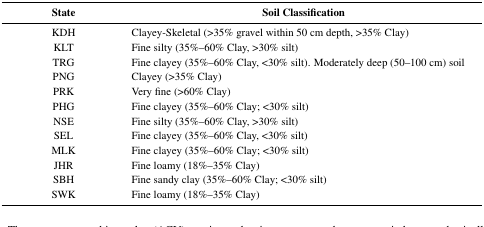
<table><thead><tr><td><b>State</b></td><td><b>Soil Classification</b></td></tr></thead><tbody><tr><td>KDH</td><td>Clayey-Skeletal (&gt;35% gravel within 50 cm depth, &gt;35% Clay)</td></tr><tr><td>KLT</td><td>Fine silty (35%–60% Clay, &gt;30% silt)</td></tr><tr><td>TRG</td><td>Fine clayey (35%–60% Clay, &lt;30% silt). Moderately deep (50–100 cm) soil</td></tr><tr><td>PNG</td><td>Clayey (&gt;35% Clay)</td></tr><tr><td>PRK</td><td>Very fine (&gt;60% Clay)</td></tr><tr><td>PHG</td><td>Fine clayey (35%–60% Clay; &lt;30% silt)</td></tr><tr><td>NSE</td><td>Fine silty (35%–60% Clay, &gt;30% silt)</td></tr><tr><td>SEL</td><td>Fine clayey (35%–60% Clay, &lt;30% silt)</td></tr><tr><td>MLK</td><td>Fine clayey (35%–60% Clay; &lt;30% silt)</td></tr><tr><td>JHR</td><td>Fine loamy (18%–35% Clay)</td></tr><tr><td>SBH</td><td>Fine sandy clay (35%–60% Clay; &lt;30% silt)</td></tr><tr><td>SWK</td><td>Fine loamy (18%–35% Clay)</td></tr></tbody></table>